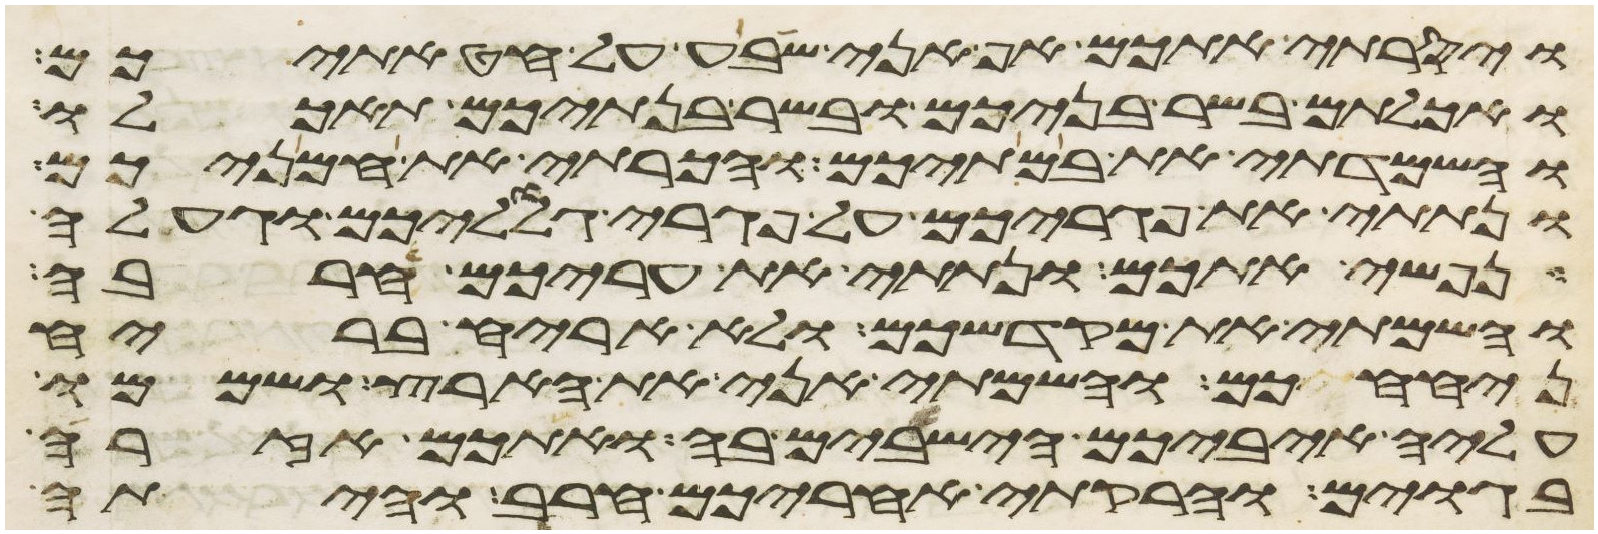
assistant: ויסרתי אתכם אף אני שבע על חטאתיכם
ואכלתם בשר בניכם ובשר בנתיכם תאכלו
והשמדתי את במתיכם והכרתי את חמניכם
ונתתי את פגריכם על פגרי גלוליכם וגעלה
נפשי אתכם ונתתי את עריכם חרבה
והשמתי את מקדשכם ולא אריח בריח
ניחחכם והשמתי אני את הארץ ושממו
עליה איביכם הישבים בה ואתכם אזרה
בגוים והרקתי אחריכם חרב והיתה